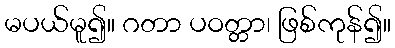
မပယ်မူ၍။ ဂတာ ပဝတ္တာ၊ ဖြစ်ကုန်၍။